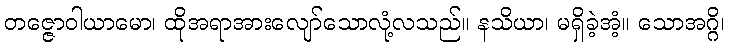
တဇ္ဇောဝါယာမော၊ ထိုအရာအားလျော်သောလုံ့လသည်။ နသိယာ၊ မရှိခဲ့အံ့။ သောအဂ္ဂိ၊